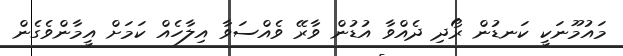
މައުމޫނަކީ ކަނޑުން ރޯދި ދެއްވާ އުޑުން ވާރޭ ވެއްސަވާ އިލާހެއް ކަމަށް އީމާންވެގެން